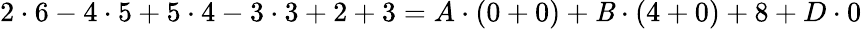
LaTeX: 2\cdot6-4\cdot5+5\cdot4-3\cdot3+2+3=A\cdot(0+0)+\mathit{B}\cdot(4+0)+8+D\cdot0